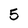
Character: 5